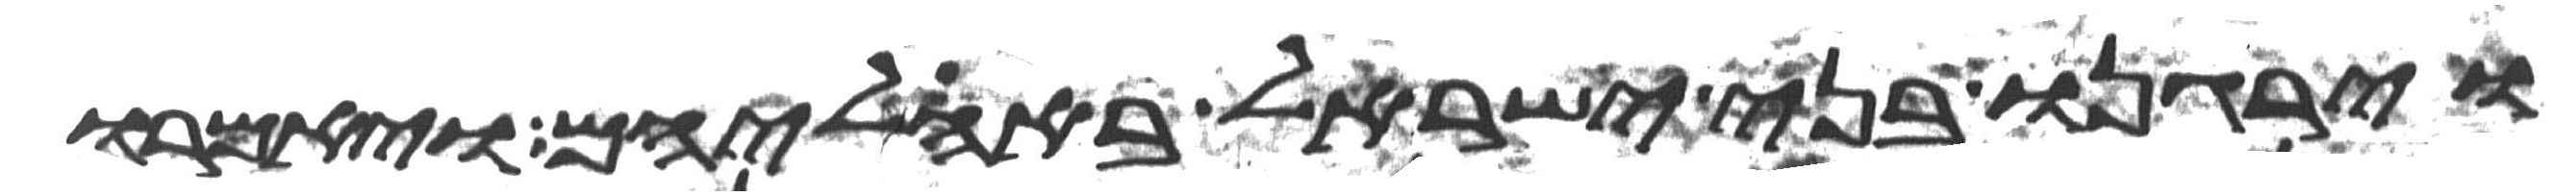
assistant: וירגנו בני ישראל באהליהם ויאמרו